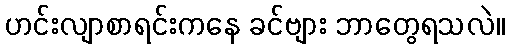
ဟင်းလျာစာရင်းကနေ ခင်ဗျား ဘာတွေရသလဲ။